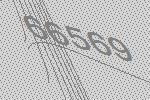
66569